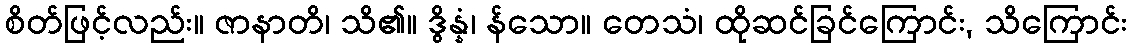
စိတ်ဖြင့်လည်း။ ဇာနာတိ၊ သိ၏။ ဒွိန္နံ၊ န်သော။ တေသံ၊ ထိုဆင်ခြင်ကြောင်း, သိကြောင်း